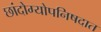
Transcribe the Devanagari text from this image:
छांदोग्योपनिषदात